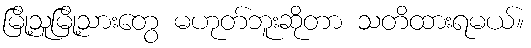
မြို့သူမြို့သားတွေ မဟုတ်ဘူးဆိုတာ သတိထားရမယ်။